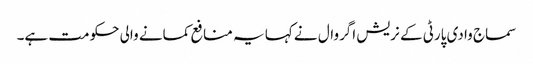
سماج وادی پارٹی کے نریش اگروال نے کہا یہ منافع کمانے والی حکومت ہے۔